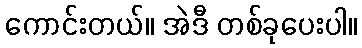
ကောင်းတယ်။ အဲဒီ တစ်ခုပေးပါ။